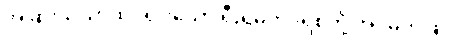
အခြားသိသာထင်ရှားသော ရီးရဲမက်ဒရစ်တို့ အိပ်မက်ဖြင့်